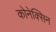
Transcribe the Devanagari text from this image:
कोनेक्सिन